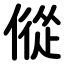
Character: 傱